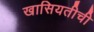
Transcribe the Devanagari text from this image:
खासियतीची